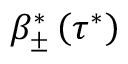
\beta _ { \pm } ^ { * } \left( \tau ^ { * } \right)